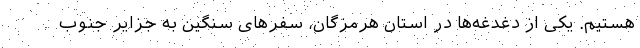
هستیم. یکی از دغدغه‌ها در استان هرمزگان، سفرهای سنگین به جزایر جنوب